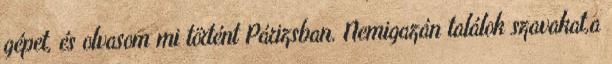
gépet, és olvasom mi történt Párizsban. Nemigazán találok szavakat,a